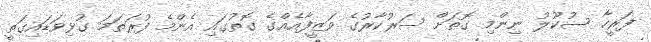
ފަރީހާ ސުކޫލު ނިންމި ގޮތަށް ސަރުކާރުގެ ވަޒީފާއެއްގެ ގޮތުގައި އެންމެ ފުރަތަމަ ގުޅިވަޑައިގަތީ